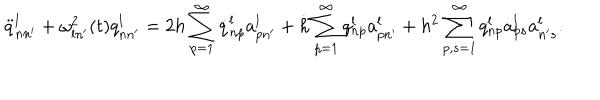
LaTeX: \ddot { q } _ { n n ^ { \prime } } ^ { l } + \omega _ { l n ^ { \prime } } ^ { 2 } ( t ) q _ { n n ^ { \prime } } ^ { l } = 2 h \sum _ { p = 1 } ^ { \infty } \dot { q } _ { n p } ^ { l } a _ { p n ^ { \prime } } ^ { l } + \dot { h } \sum _ { p = 1 } ^ { \infty } q _ { n p } ^ { l } a _ { p n ^ { \prime } } ^ { l } + h ^ { 2 } \sum _ { p , s = 1 } ^ { \infty } q _ { n p } ^ { l } a _ { p s } ^ { l } a _ { n ^ { \prime } s } ^ { l } .